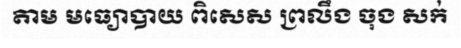
តាម មធ្យោបាយ ពិសេស ព្រលឹង ចុង សក់